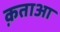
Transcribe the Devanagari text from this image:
क़ताआ